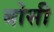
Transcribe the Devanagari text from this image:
बोसी